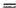
=